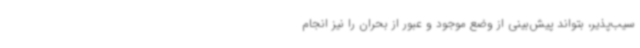
سیب‌پذیر، بتواند پیش‌بینی از وضع موجود و عبور از بحران را نیز انجام